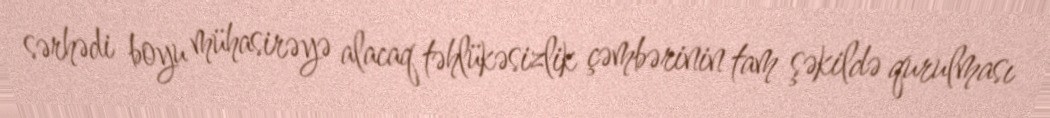
sərhədi boyu mühasirəyə alacaq təhlükəsizlik çəmbərinin tam şəkildə qurulması